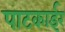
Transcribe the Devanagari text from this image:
पाटकाईर